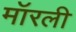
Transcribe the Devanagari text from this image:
मॉरली